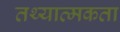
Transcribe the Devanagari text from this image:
तथ्यात्मकता